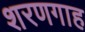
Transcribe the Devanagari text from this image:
शरणगाह